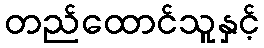
တည်ထောင်သူနှင့်